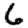
Digit: 6